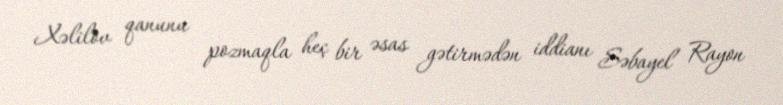
Xəlilov qanunu pozmaqla heç bir əsas gətirmədən iddianı Səbayel Rayon